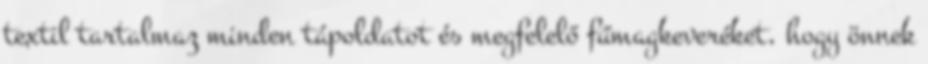
textil tartalmaz minden tápoldatot és megfelelő fűmagkeveréket, hogy önnek